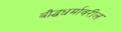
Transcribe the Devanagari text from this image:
बौद्धधर्मावरील